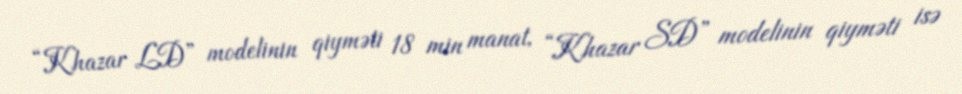
“Khazar LD” modelinin qiyməti 18 min manat, “Khazar SD” modelinin qiyməti isə